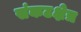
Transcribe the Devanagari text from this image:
संकटक्षेत्र